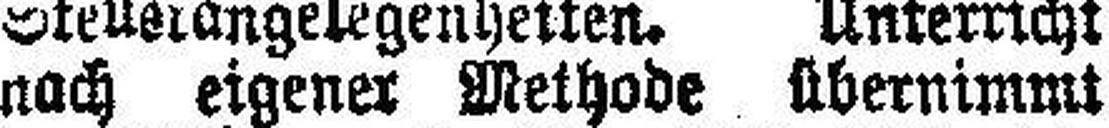
nach eigener Methode übernimmt